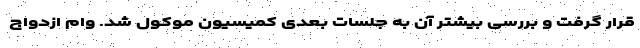
قرار گرفت و بررسی بیشتر آن به جلسات بعدی کمیسیون موکول شد. وام ازدواج